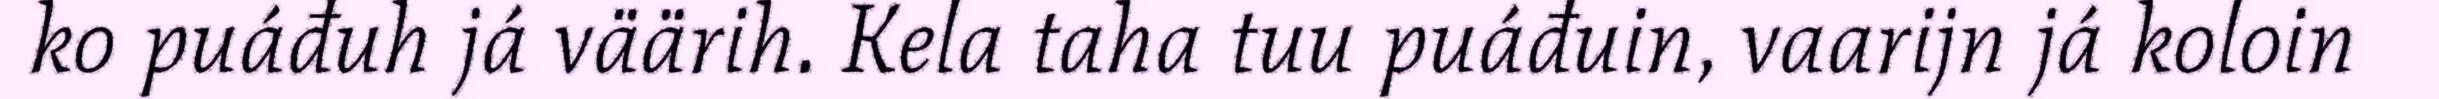
ko puáđuh já väärih. Kela taha tuu puáđuin, vaarijn já koloin